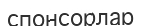
спонсорлар